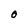
Character: O